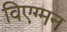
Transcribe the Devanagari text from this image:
विएग्मन